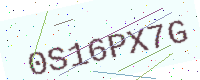
Text: 0S16PX7G